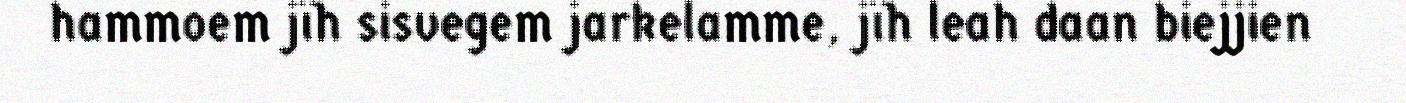
hammoem jïh sisvegem jarkelamme, jïh leah daan biejjien